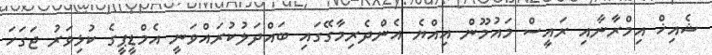
ޝެއިޚް އިމްރާނާއި ރައީސް މައުމޫން އިއްޔެ އެންދެރިމާގޭގައި ބައްދަލުކުރައްވަނީ އެމްޑީޕީގެ ކުޅިވަރު ޖަގަހަ